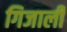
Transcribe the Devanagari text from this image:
गिजाली